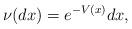
LaTeX: \begin{align*}\nu(dx)=e^{-V(x)}dx,\end{align*}